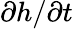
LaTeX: \partial h/\partial t